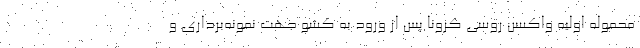
محموله اولیه واکسن روسی کرونا پس از ورود به کشو جهت نمونه‌برداری و